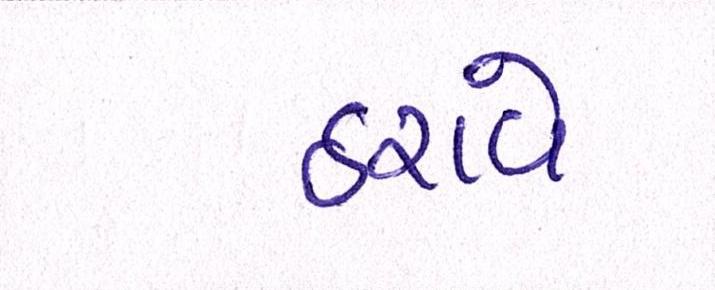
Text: ઠરાવે